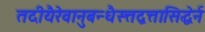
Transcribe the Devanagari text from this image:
तदीयैरेवानुबन्धैस्त्तद्वत्तासिद्धेर्न